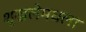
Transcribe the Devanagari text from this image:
शृखलेमधला